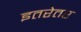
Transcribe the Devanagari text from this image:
इतरेतर